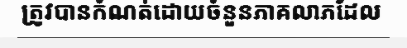
ត្រូវបានកំណត់ដោយចំនួនភាគលាភដែល